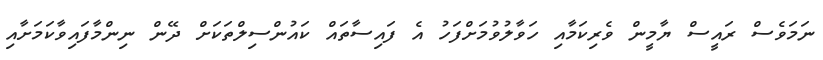
ނަމަވެސް ރައީސް ޔާމީން ވެރިކަމާއި ހަވާލުވުމަށްފަހު އެ ފައިސާތައް ކައުންސިލްތަކަށް ދޭން ނިންމާފައިވާކަމަށާއި